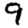
Digit: 9